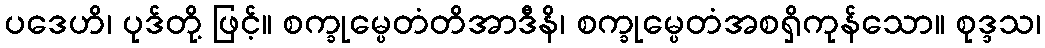
ပဒေဟိ၊ ပုဒ်တို့ ဖြင့်။ စက္ခုမ္ပေတံတိအာဒီနိ၊ စက္ခုမ္ပေတံအစရှိကုန်သော။ စုဒ္ဒသ၊